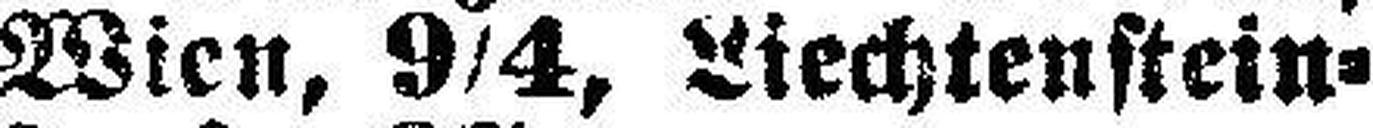
Wien, 9/4, Liechtenstein¬